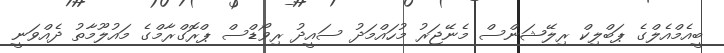
ބީއެމްއެލްގެ ޕަބްލިކް ރިލޭޝަންސް މެނޭޖަރު މުހައްމަދު ސައީދު ރިވޯޑްސް ޕްރޮގްރާމްގެ މައުލޫމާތު ދެއްވަނީ